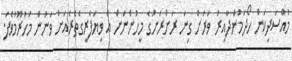
މުއްސަދިކަން ހޯދަމުންދާއިރު ވަރަށް ގިނަ ރަށްރަށުގެ މީހުންނަށް އެ ވިޔަފާރީގެތެރެއަށް ވަނުން މަހުރޫމުވެފަ.